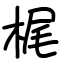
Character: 梶